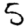
Digit: 5